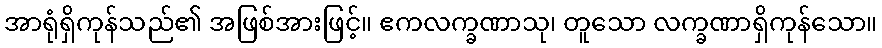
အာရုံရှိကုန်သည်၏ အဖြစ်အားဖြင့်။ ဧကလက္ခဏာသု၊ တူသော လက္ခဏာရှိကုန်သော။